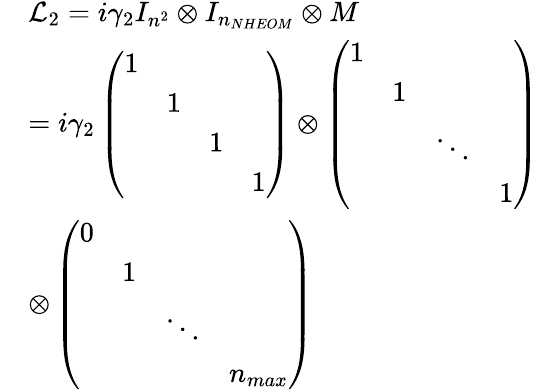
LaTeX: \begin{array}{rl}&{{\mathcal{L}_{2}}=i{{\gamma}_{2}}{{I}_{{{n}^{2}}}}\otimes{{I}_{{{n}_{NHEOM}}}}\otimes M}\\ &{=i{{\gamma}_{2}}\left(\begin{array}{llll}{1}&{}&{}&{}\\ {}&{1}&{}&{}\\ {}&{}&{1}&{}\\ {}&{}&{}&{1}\end{array}\right)\otimes\left(\begin{array}{llll}{1}&{}&{}&{}\\ {}&{1}&{}&{}\\ {}&{}&{\ddots}&{}\\ {}&{}&{}&{1}\end{array}\right)}\\ &{\otimes\left(\begin{array}{llll}{0}&{}&{}&{}\\ {}&{1}&{}&{}\\ {}&{}&{\ddots}&{}\\ {}&{}&{}&{{{n}_{max}}}\end{array}\right)}\end{array}